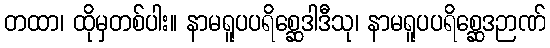
တထာ၊ ထိုမှတစ်ပါး။ နာမရူပပရိစ္ဆေဒါဒီသု၊ နာမရူပပရိစ္ဆေဒဉာဏ်